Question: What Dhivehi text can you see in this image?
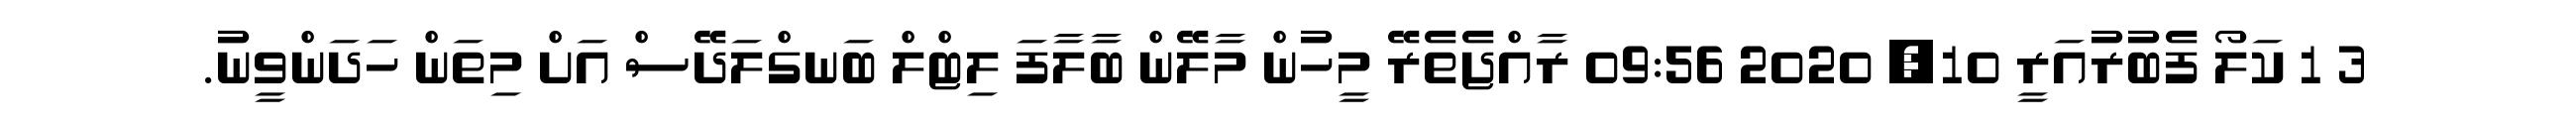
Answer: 3 1 ކަލޯ ފެބުރުއަރީ 10, 2020 09:56 ރާއްޖެތެރޭ މީހުން މާލޭން ބާލާފަ ލިޓްލް ބަނގްލަދޭސް އަށް މިތަން ހަދަންވީނު.